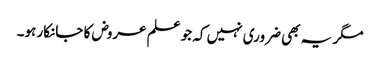
مگر یہ بھی ضروری نہیں کہ جو علم عروض کا جانکار ہو۔